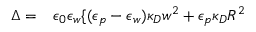
\begin{array} { r l } { \Delta = } & { { } \epsilon _ { 0 } \epsilon _ { w } \{ ( \epsilon _ { p } - \epsilon _ { w } ) \kappa _ { D } w ^ { 2 } + \epsilon _ { p } \kappa _ { D } R ^ { 2 } } \end{array}